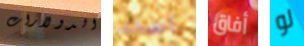
الدولارات أسحب أفاق لو